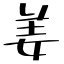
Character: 姜